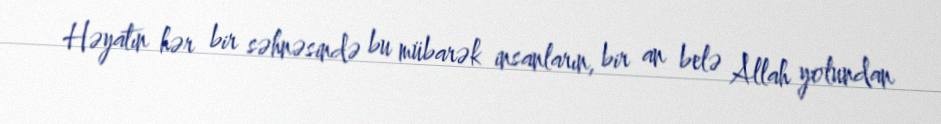
Həyatın hər bir səhnəsində bu mübarək insanların, bir an belə Allah yolundan